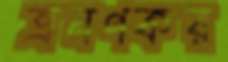
ভ্রমণকর